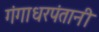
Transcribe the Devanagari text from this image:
गंगाधरपंतानी